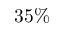
3 5 \%